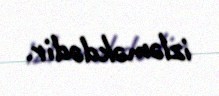
izləməkdədir.